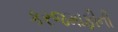
કરજમાફીની